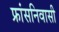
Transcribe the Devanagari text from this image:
फ्रांसनिवासी